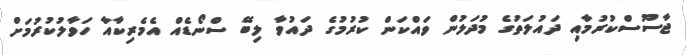
ޖާސޫސްކުރުމާއި ދައުލަތުގެ މުދަލުން ވައްކަން ކުރުމުގެ ދައުވާ ލިބޭ ސްނޯޑެއް އެމެރިކާއާ ހަވާލުކުރުމަށް